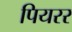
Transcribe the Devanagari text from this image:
पियरर